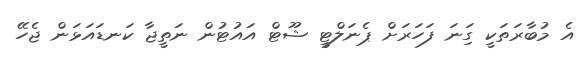
އެ މުބާރަތަކީ ގަިނަ ފަހަރަށް ޕެނަލްޓީ ޝޫޓް އައުޓުން ނަތީޖާ ކަނޑައަޅަން ޖެހޭ